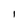
Character: I